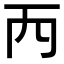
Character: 𠀑